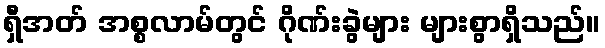
ရှီအတ် အစ္စလာမ်တွင် ဂိုဏ်းခွဲများ များစွာရှိသည်။